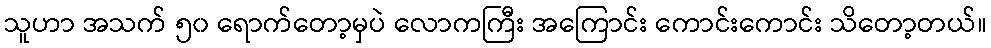
သူဟာ အသက် ၅၀ ရောက်တော့မှပဲ လောကကြီး အကြောင်း ကောင်းကောင်း သိတော့တယ်။